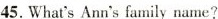
45.What's Ann's family name?